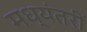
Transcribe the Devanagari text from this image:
मध्यंतरीं